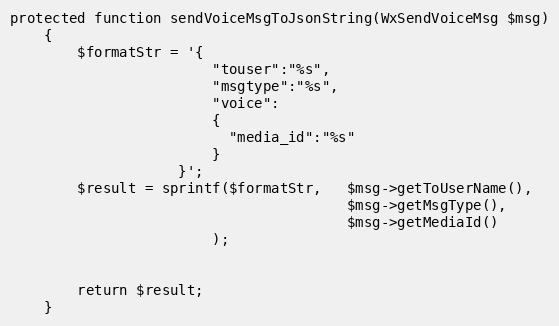
Language: PHP
protected function sendVoiceMsgToJsonString(WxSendVoiceMsg $msg)
    {
        $formatStr = '{
                        "touser":"%s",
                        "msgtype":"%s",
                        "voice":
                        {
                          "media_id":"%s"
                        }
                    }';
        $result = sprintf($formatStr,   $msg->getToUserName(),
                                        $msg->getMsgType(),
                                        $msg->getMediaId()
                        );

        return $result;
    }